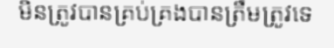
មិនត្រូវបានគ្រប់គ្រងបានត្រឹមត្រូវទេ